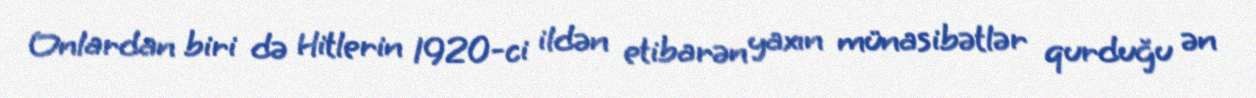
Onlardan biri də Hitlerin 1920-ci ildən etibarən yaxın münasibətlər qurduğu ən